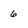
Character: 6